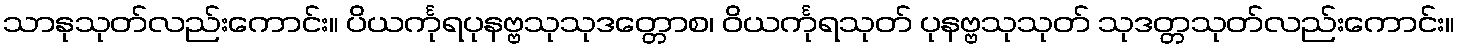
သာနုသုတ်လည်းကောင်း။ ပိယင်္ကုရပုနဗ္ဗသုသုဒတ္တောစ၊ ဝိယင်္ကုရသုတ် ပုနဗ္ဗသုသုတ် သုဒတ္တသုတ်လည်းကောင်း။